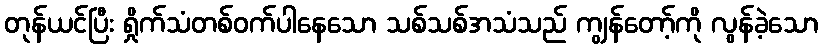
တုန်ယင်ပြီး ရှိုက်သံတစ်ဝက်ပါနေသော သစ်သစ်အသံသည် ကျွန်တော့်ကို လွန်ခဲ့သော